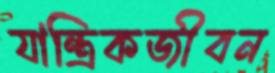
যান্ত্রিকজীবন